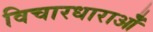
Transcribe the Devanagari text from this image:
विचारधाराओँ